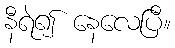
နီရဲ၍ နေလေပြီ။